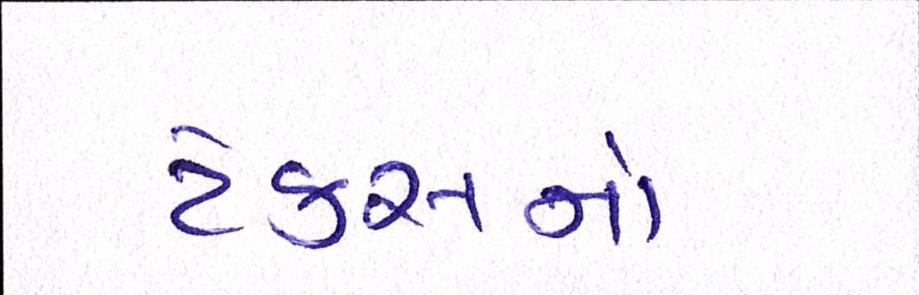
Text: ટેકસનો